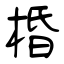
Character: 棔